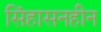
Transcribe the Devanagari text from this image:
सिंहासनहीन